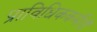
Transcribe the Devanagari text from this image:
प्राविधिककर्मीयौं